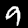
Digit: 9